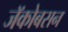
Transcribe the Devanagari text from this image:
जॅकोबसन